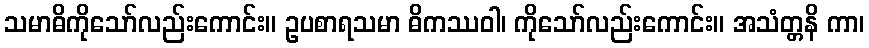
သမာဓိကိုသော်လည်းကောင်း။ ဥပစာရသမာ ဓိကဿဝါ၊ ကိုသော်လည်းကောင်း။ အသံတ္တနိ ကာ၊